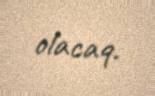
olacaq.